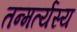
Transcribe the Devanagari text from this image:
तन्मर्त्यस्य